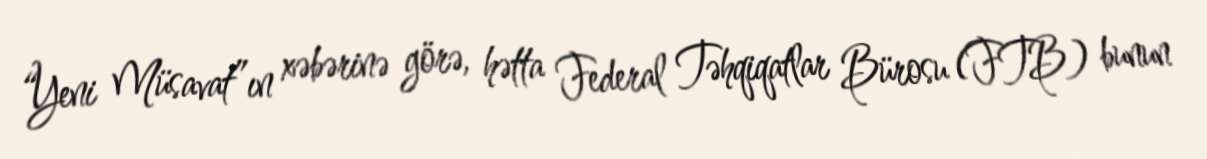
“Yeni Müsavat”ın xəbərinə görə, hətta Federal Təhqiqatlar Bürosu (FTB) bunun